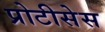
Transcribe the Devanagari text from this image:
प्रोटीसेस